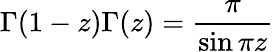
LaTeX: \Gamma(1-z)\Gamma(z)=\frac{\pi}{\sin\pi z}